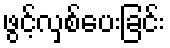
ဖွင့်လှစ်ပေးခြင်း